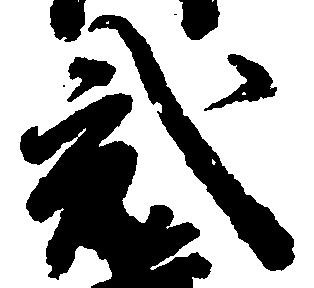
弐